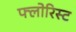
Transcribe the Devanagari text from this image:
फ्लोरिस्ट